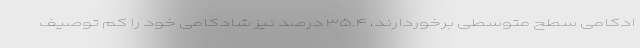
ادکامی سطح متوسطی برخوردارند، ۳۵.۴ درصد نیز شادکامی خود را کم توصیف